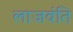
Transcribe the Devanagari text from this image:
लाजवंति